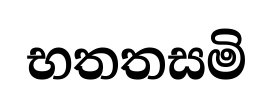
භතතසමි